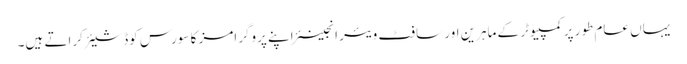
یہاں عام طور پر کمپیوٹر کے ماہرین اور سافٹ ویئر انجینئر اپنے پروگرامز کا سورس کوڈ شیئر کراتے ہیں۔